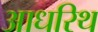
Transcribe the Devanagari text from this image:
आधरिथ